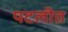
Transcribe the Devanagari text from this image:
पटलीत